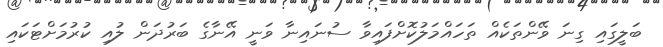
ބަލީގައި ގިނަ ވޭންތަކެއް ތަހައްމަލުކޮށްފައިވާ ސުނައިނާ ވަނީ އޭނާގެ ބަރުދަން ލުއި ކުރުމަށްޓަކައި